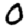
Digit: 0